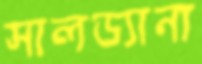
সালড্যানা